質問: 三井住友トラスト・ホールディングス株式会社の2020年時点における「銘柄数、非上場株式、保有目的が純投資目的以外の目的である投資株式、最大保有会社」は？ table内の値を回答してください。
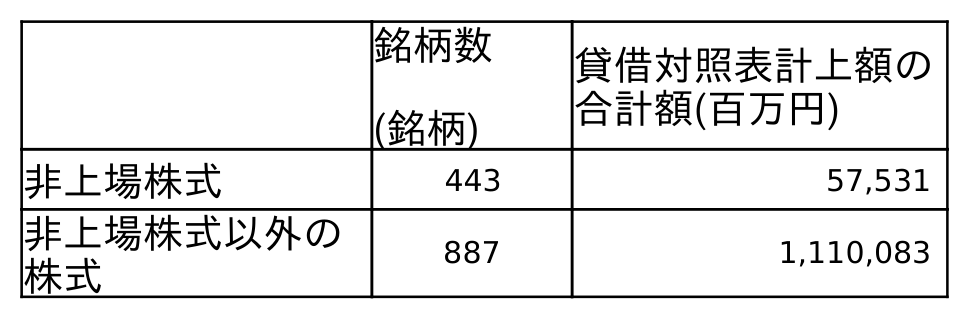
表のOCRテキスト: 銘柄数 (銘柄) 貸借対照表計上額の 合計額(百万円) 非上場株式 443 57,531 非上場株式以外の 株式 887 1,110,083
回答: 443